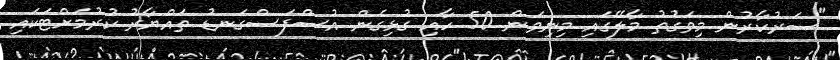
"ސަރުކާރުން މިވަގުތު މާލޭގައި މިނިވަން 50 ހާއި ގުޅިގެން އުސްފަސްގަނޑު ތައްޔާރު ކުރުމަށްޓަކައި